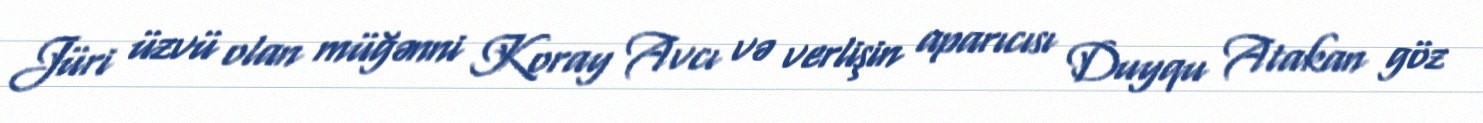
Jüri üzvü olan müğənni Koray Avcı və verlişin aparıcısı Duyqu Atakan göz